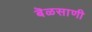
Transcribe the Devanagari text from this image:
बॆळसाणी